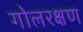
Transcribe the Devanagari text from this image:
गोलरक्षण